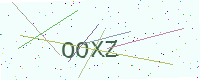
Text: OOXZ